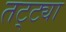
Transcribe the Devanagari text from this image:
तट्ट्या